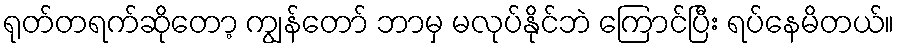
ရုတ်တရက်ဆိုတော့ ကျွန်တော် ဘာမှ မလုပ်နိုင်ဘဲ ကြောင်ပြီး ရပ်နေမိတယ်။